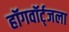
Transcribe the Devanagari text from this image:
हॉगवॉर्ट्‌जला